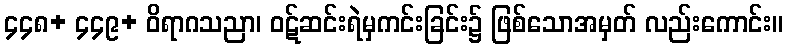
၄၄၈+ ၄၄၉+ ဝိရာဂသညာ၊ ဝဋ်ဆင်းရဲမှကင်းခြင်း၌ ဖြစ်သောအမှတ် လည်းကောင်း။